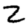
Digit: 2